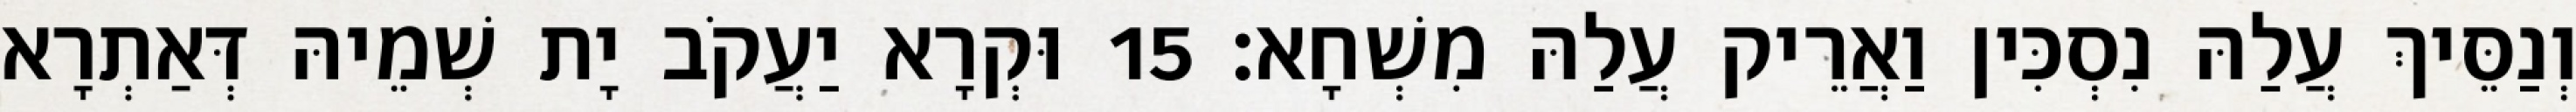
וְנַסֵּיךְ עֲלַהּ נִסְכִּין וַאֲרֵיק עֲלַהּ מִשְׁחָא׃ 15 וּקְרָא יַעֲקֹב יָת שְׁמֵיהּ דְּאַתְרָא